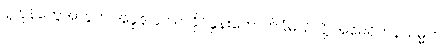
ပို့ကုန်တွေအတွက် အခွန် ၄၀ ရာခိုင်နှုန်းကောက်ခံမယ်လို့ အမေရိကန်သမ္မတ